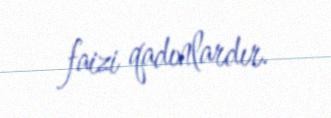
faizi qadınlardır.